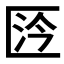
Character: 𠥴